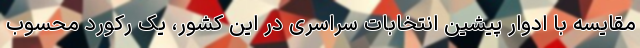
مقایسه با ادوار پیشین انتخابات سراسری در این کشور، یک رکورد محسوب